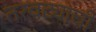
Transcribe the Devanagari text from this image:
तरवट्याची